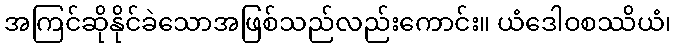
အကြင်ဆိုနိုင်ခဲသောအဖြစ်သည်လည်းကောင်း။ ယံဒေါဝစဿိယံ၊